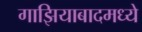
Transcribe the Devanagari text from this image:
गाझियाबादमध्ये